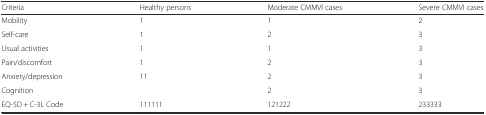
<table><thead><tr><td><b>Criteria</b></td><td><b>Healthy persons</b></td><td><b>Moderate CMMVI cases</b></td><td><b>Severe CMMVI cases</b></td></tr></thead><tbody><tr><td>Mobility</td><td>1</td><td>1</td><td>2</td></tr><tr><td>Self-care</td><td>1</td><td>2</td><td>3</td></tr><tr><td>Usual activities</td><td>1</td><td>1</td><td>3</td></tr><tr><td>Pain/discomfort</td><td>1</td><td>2</td><td>3</td></tr><tr><td>Anxiety/depression</td><td rowspan="2">11</td><td>2</td><td>3</td></tr><tr><td>Cognition</td><td>2</td><td>3</td></tr><tr><td>EQ-5D + C-3L Code</td><td>111111</td><td>121222</td><td>233333</td></tr></tbody></table>